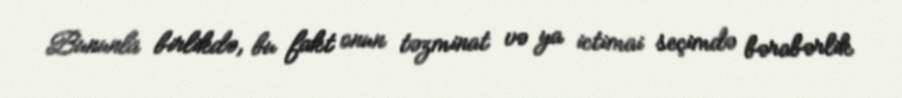
Bununla birlikdə, bu fakt onun təzminat və ya ictimai seçimdə bərabərlik